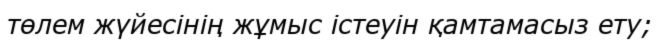
төлем жүйесінің жұмыс істеуін қамтамасыз ету;